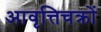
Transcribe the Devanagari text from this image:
आवृत्तिचक्रों